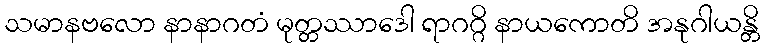
သမာနဗလော နာနာဂတံ မုတ္တဿာဒေါ ရာဂဂ္ဂိ နာယကောတိ အနုဂါယန္တိ